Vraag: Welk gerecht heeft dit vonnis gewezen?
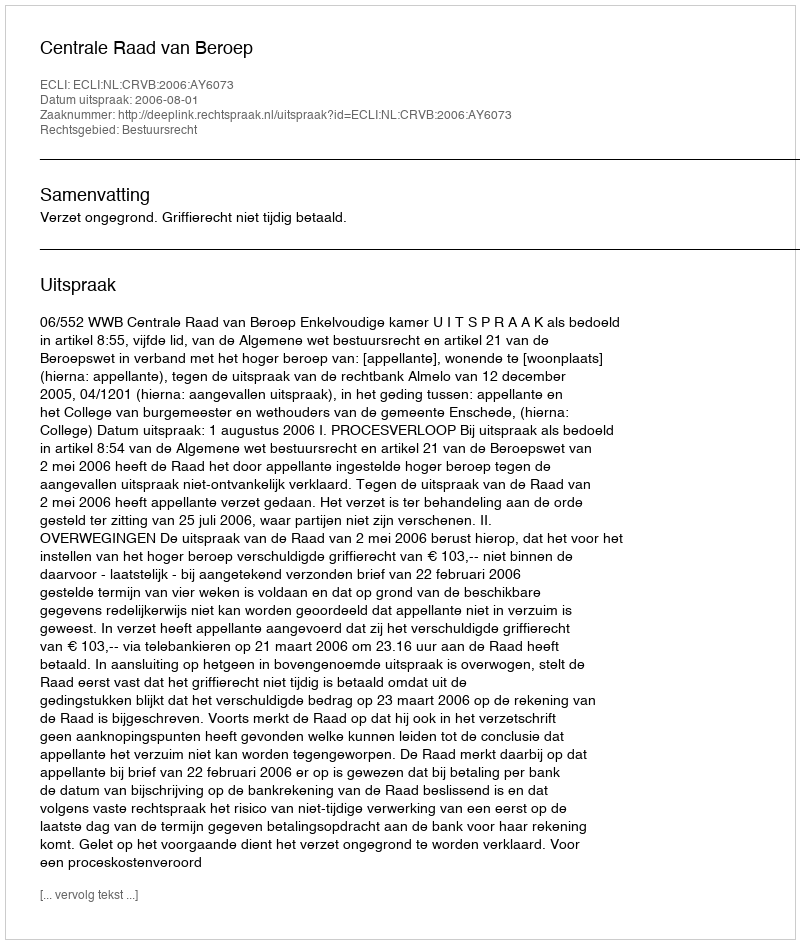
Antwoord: Centrale Raad van Beroep